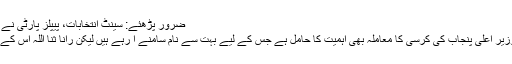
ضرور پڑھئے: سینٹ انتخابات، پیپلز پارٹی نے امیدواروں کا حتمی اعلان کردیا
وزیر اعظم کا مسئلہ اپنی جگہ وزیر اعلیٰ پنجاب کی کرسی کا معاملہ بھی اہمیت کا حامل ہے جس کے لیے بہت سے نام سامنے آ رہے ہیں لیکن رانا ثنا اللہ اس کے لیے سب سے زیادہ پُر امید ہیں۔